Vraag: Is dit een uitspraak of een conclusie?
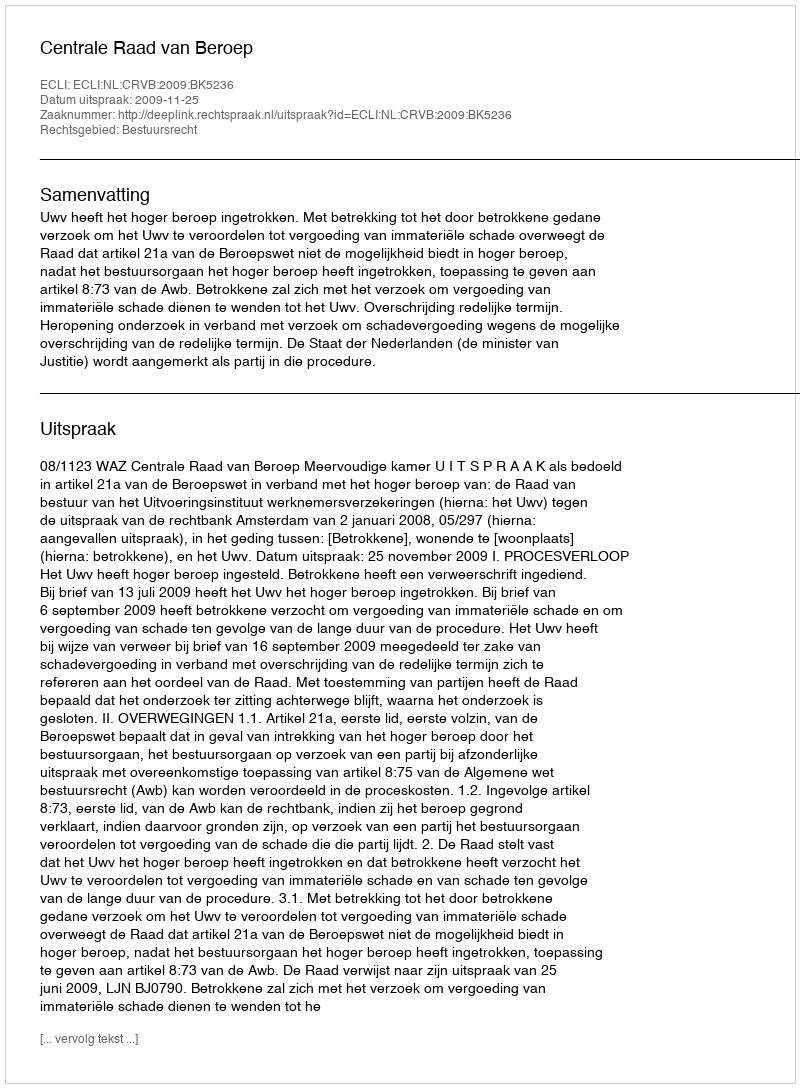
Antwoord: Uitspraak